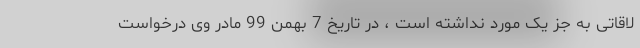
لاقاتی به جز یک مورد نداشته است ، در تاریخ 7 بهمن 99 مادر وی درخواست